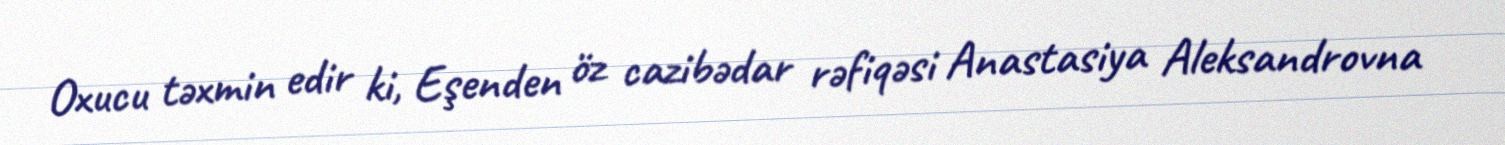
Oxucu təxmin edir ki, Eşenden öz cazibədar rəfiqəsi Anastasiya Aleksandrovna